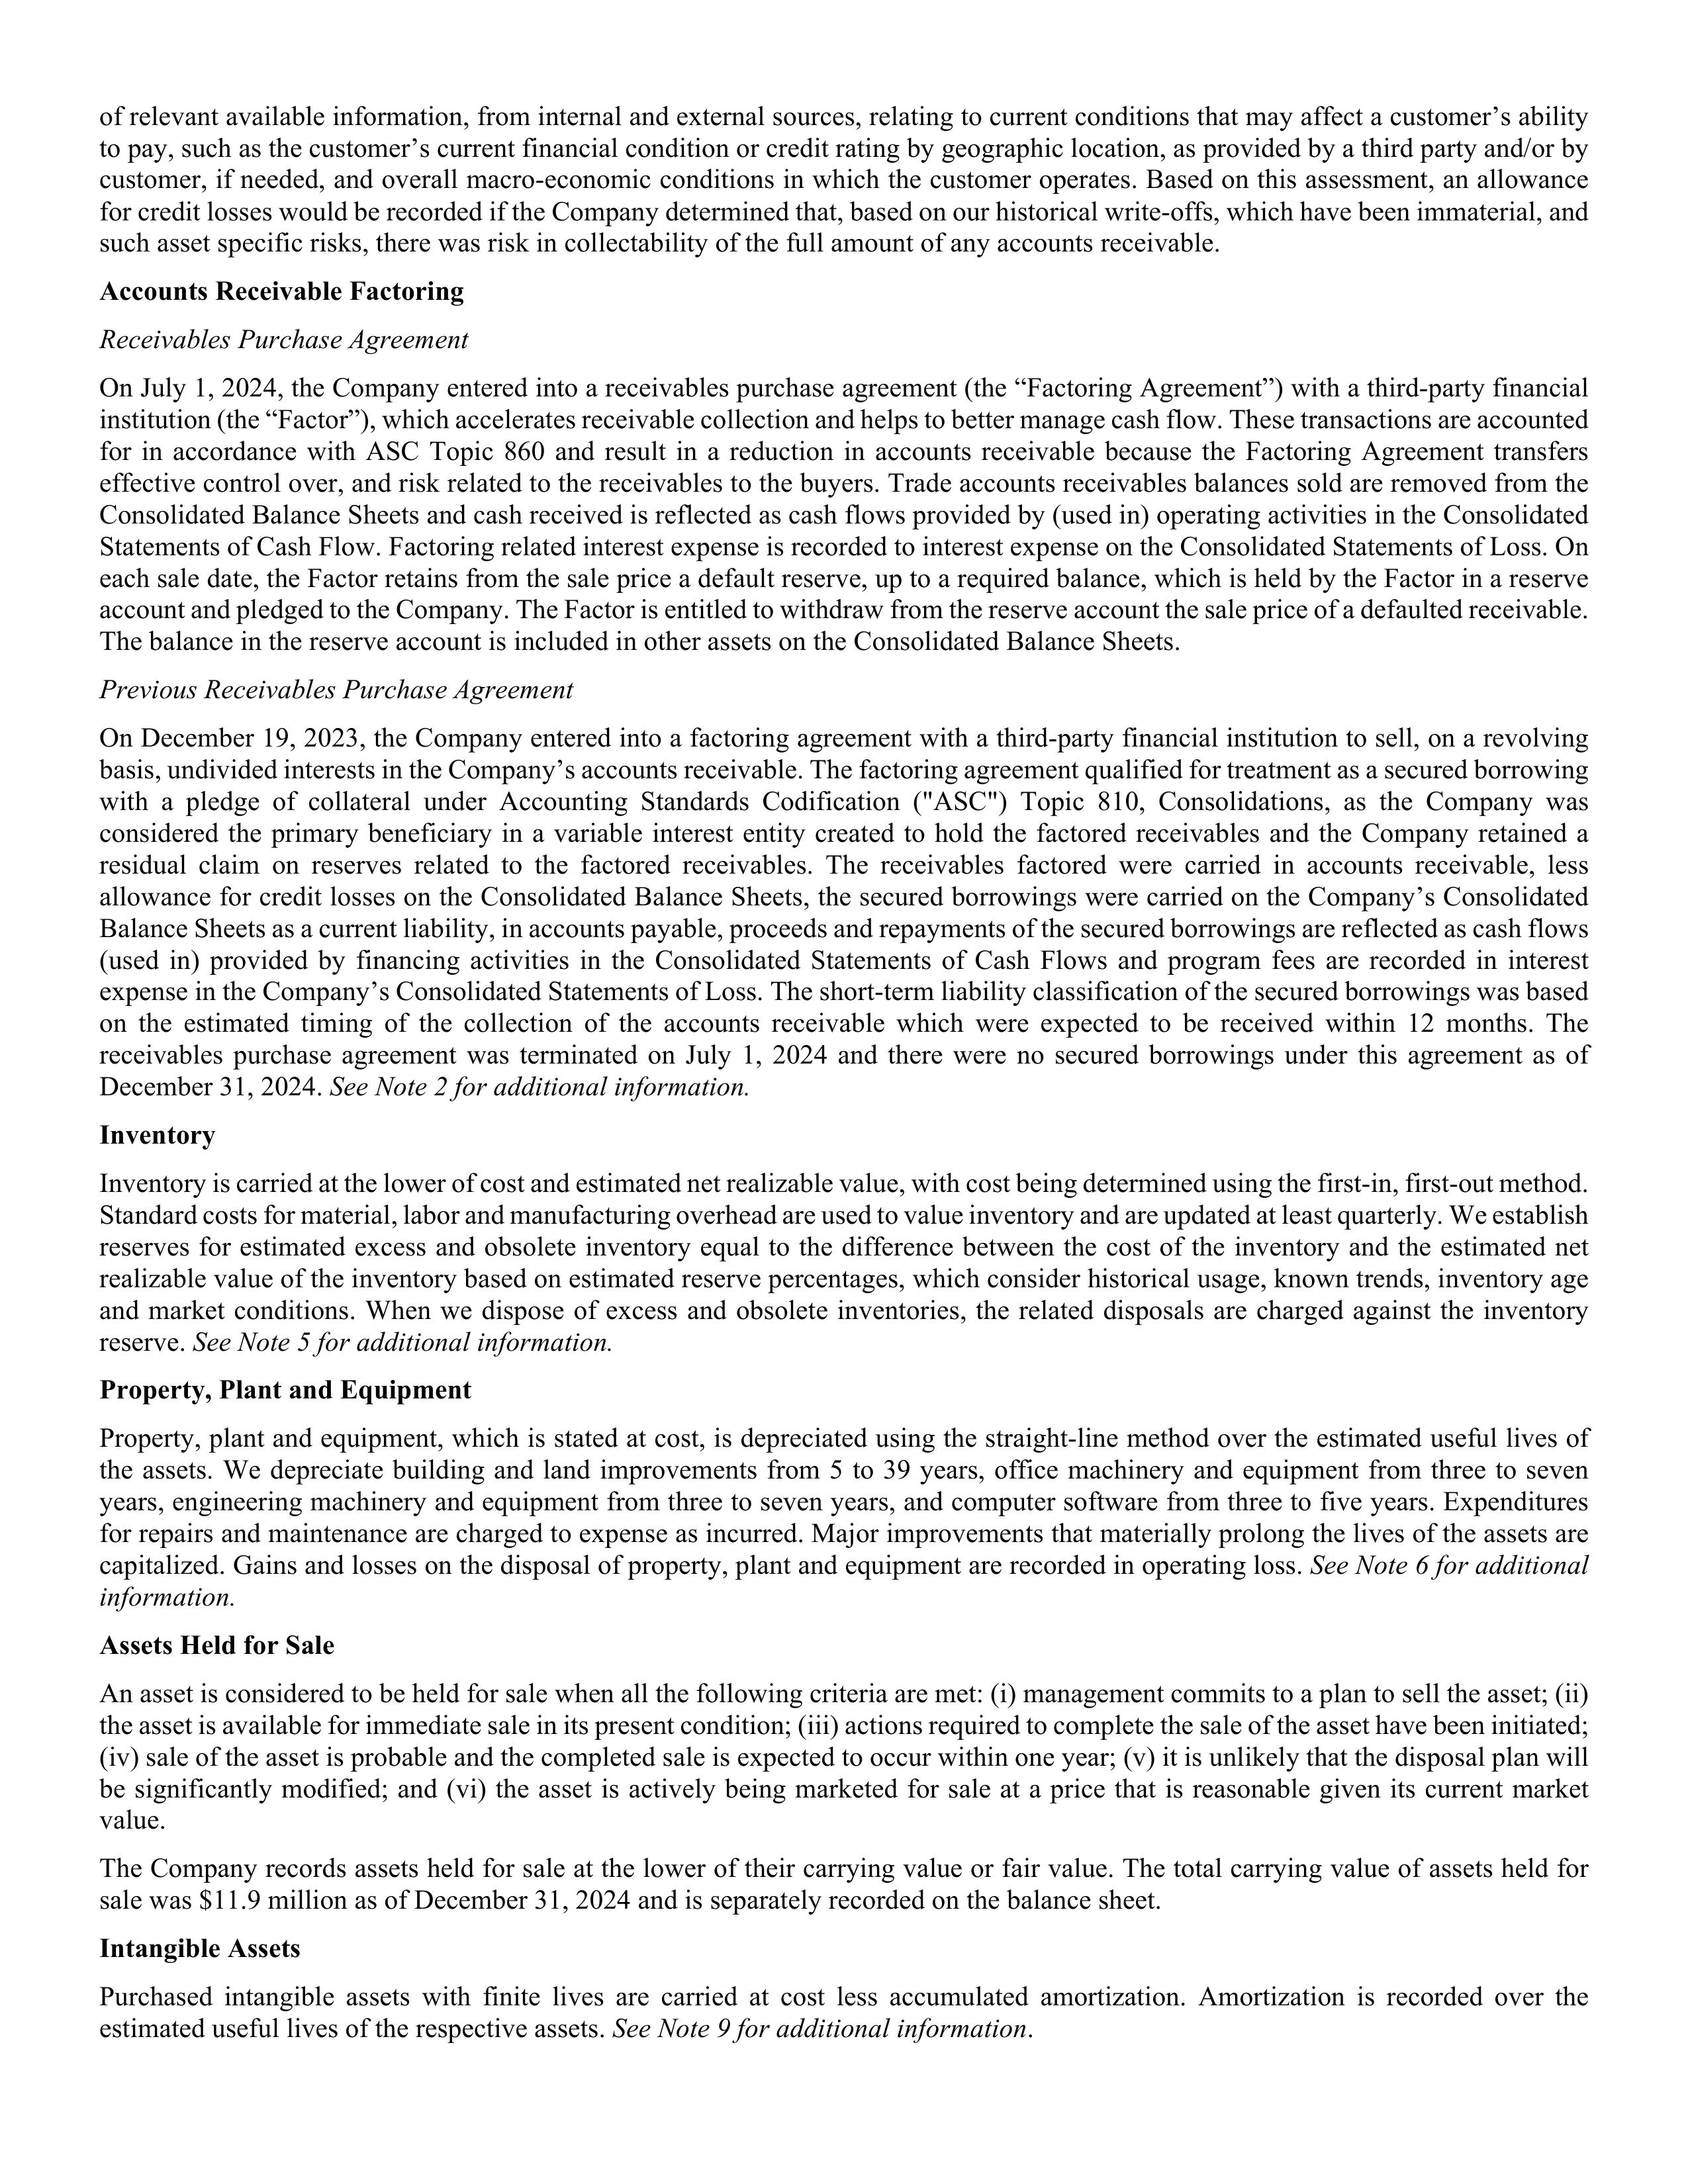
of relevant available information, from internal and external sources, relating to current conditions that may affect a customer's ability
to pay, such as the customer's current financial condition or credit rating by geographic location, as provided by a third party and/or by
customer, if needed, and overall macro-economic conditions in which the customer operates. Based on this assessment, an allowance
for credit losses would be recorded if the Company determined that, based on our historical write-offs, which have been immaterial, and
such asset specific risks, there was risk in collectability of the full amount of any accounts receivable.

Accounts Receivable Factoring

Receivables Purchase Agreement

On July 1, 2024, the Company entered into a receivables purchase agreement (the "Factoring Agreement") with a third-party financial
institution (the "Factor"), which accelerates receivable collection and helps to better manage cash flow. These transactions are accounted
for in accordance with ASC Topic 860 and result in a reduction in accounts receivable because the Factoring Agreement transfers
effective control over, and risk related to the receivables to the buyers. Trade accounts receivables balances sold are removed from the
Consolidated Balance Sheets and cash received is reflected as cash flows provided by (used in) operating activities in the Consolidated
Statements of Cash Flow. Factoring related interest expense is recorded to interest expense on the Consolidated Statements of Loss. On
each sale date, the Factor retains from the sale price a default reserve, up to a required balance, which is held by the Factor in a reserve
account and pledged to the Company. The Factor is entitled to withdraw from the reserve account the sale price of a defaulted receivable.
The balance in the reserve account is included in other assets on the Consolidated Balance Sheets.

Previous Receivables Purchase Agreement

On December 19, 2023, the Company entered into a factoring agreement with a third-party financial institution to sell, on a revolving
basis, undivided interests in the Company's accounts receivable. The factoring agreement qualified for treatment as a secured borrowing
with a pledge of collateral under Accounting Standards Codification ("ASC") Topic 810, Consolidations, as the Company was
considered the primary beneficiary in a variable interest entity created to hold the factored receivables and the Company retained a
residual claim on reserves related to the factored receivables. The receivables factored were carried in accounts receivable, less
allowance for credit losses on the Consolidated Balance Sheets, the secured borrowings were carried on the Company's Consolidated
Balance Sheets as a current liability, in accounts payable, proceeds and repayments of the secured borrowings are reflected as cash flows
(used in) provided by financing activities in the Consolidated Statements of Cash Flows and program fees are recorded in interest
expense in the Company's Consolidated Statements of Loss. The short-term liability classification of the secured borrowings was based
on the estimated timing of the collection of the accounts receivable which were expected to be received within 12 months. The
receivables purchase agreement was terminated on July 1, 2024 and there were no secured borrowings under this agreement as of
December 31, 2024. See Note 2 for additional information.

Inventory

Inventory is carried at the lower of cost and estimated net realizable value, with cost being determined using the first-in, first-out method.
Standard costs for material, labor and manufacturing overhead are used to value inventory and are updated at least quarterly. We establish
reserves for estimated excess and obsolete inventory equal to the difference between the cost of the inventory and the estimated net
realizable value of the inventory based on estimated reserve percentages, which consider historical usage, known trends, inventory age
and market conditions. When we dispose of excess and obsolete inventories, the related disposals are charged against the inventory
reserve. See Note 5 for additional information.

Property, Plant and Equipment

Property, plant and equipment, which is stated at cost, is depreciated using the straight-line method over the estimated useful lives of
the assets. We depreciate building and land improvements from 5 to 39 years, office machinery and equipment from three to seven
years, engineering machinery and equipment from three to seven years, and computer software from three to five years. Expenditures
for repairs and maintenance are charged to expense as incurred. Major improvements that materially prolong the lives of the assets are
capitalized. Gains and losses on the disposal of property, plant and equipment are recorded in operating loss. See Note 6 for additional
information.

Assets Held for Sale

An asset is considered to be held for sale when all the following criteria are met: (i) management commits to a plan to sell the asset; (ii)
the asset is available for immediate sale in its present condition; (iii) actions required to complete the sale of the asset have been initiated;
(iv) sale of the asset is probable and the completed sale is expected to occur within one year; (v) it is unlikely that the disposal plan will
be significantly modified; and (vi) the asset is actively being marketed for sale at a price that is reasonable given its current market
value.

The Company records assets held for sale at the lower of their carrying value or fair value. The total carrying value of assets held for
sale was $11.9 million as of December 31, 2024 and is separately recorded on the balance sheet.

Intangible Assets

Purchased intangible assets with finite lives are carried at cost less accumulated amortization. Amortization is recorded over the
estimated useful lives of the respective assets. See Note 9 for additional information.